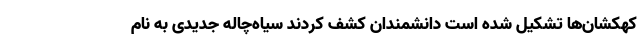
کهکشان‌ها تشکیل شده است دانشمندان کشف کردند سیاه‌چاله جدیدی به نام